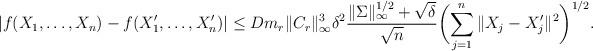
LaTeX: \begin{align*}|f(X_1,\dots, X_n)-f(X_1',\dots, X_n')| \leq D m_r \|C_r\|_{\infty}^3 \delta^2\frac{\|\Sigma\|_{\infty}^{1/2}+\sqrt{\delta}}{\sqrt{n}}\biggl(\sum_{j=1}^n \|X_j-X_j'\|^2\biggr)^{1/2}.\end{align*}